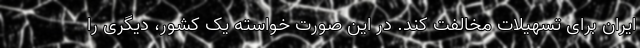
ایران برای تسهیلات مخالفت کند. در این صورت خواسته یک کشور، دیگری را